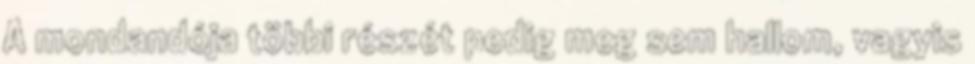
A mondandója többi részét pedig meg sem hallom, vagyis